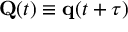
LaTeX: \mathbf { Q } ( t ) \equiv \mathbf { q } ( t + \tau )